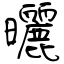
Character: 曬